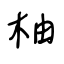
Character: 柚